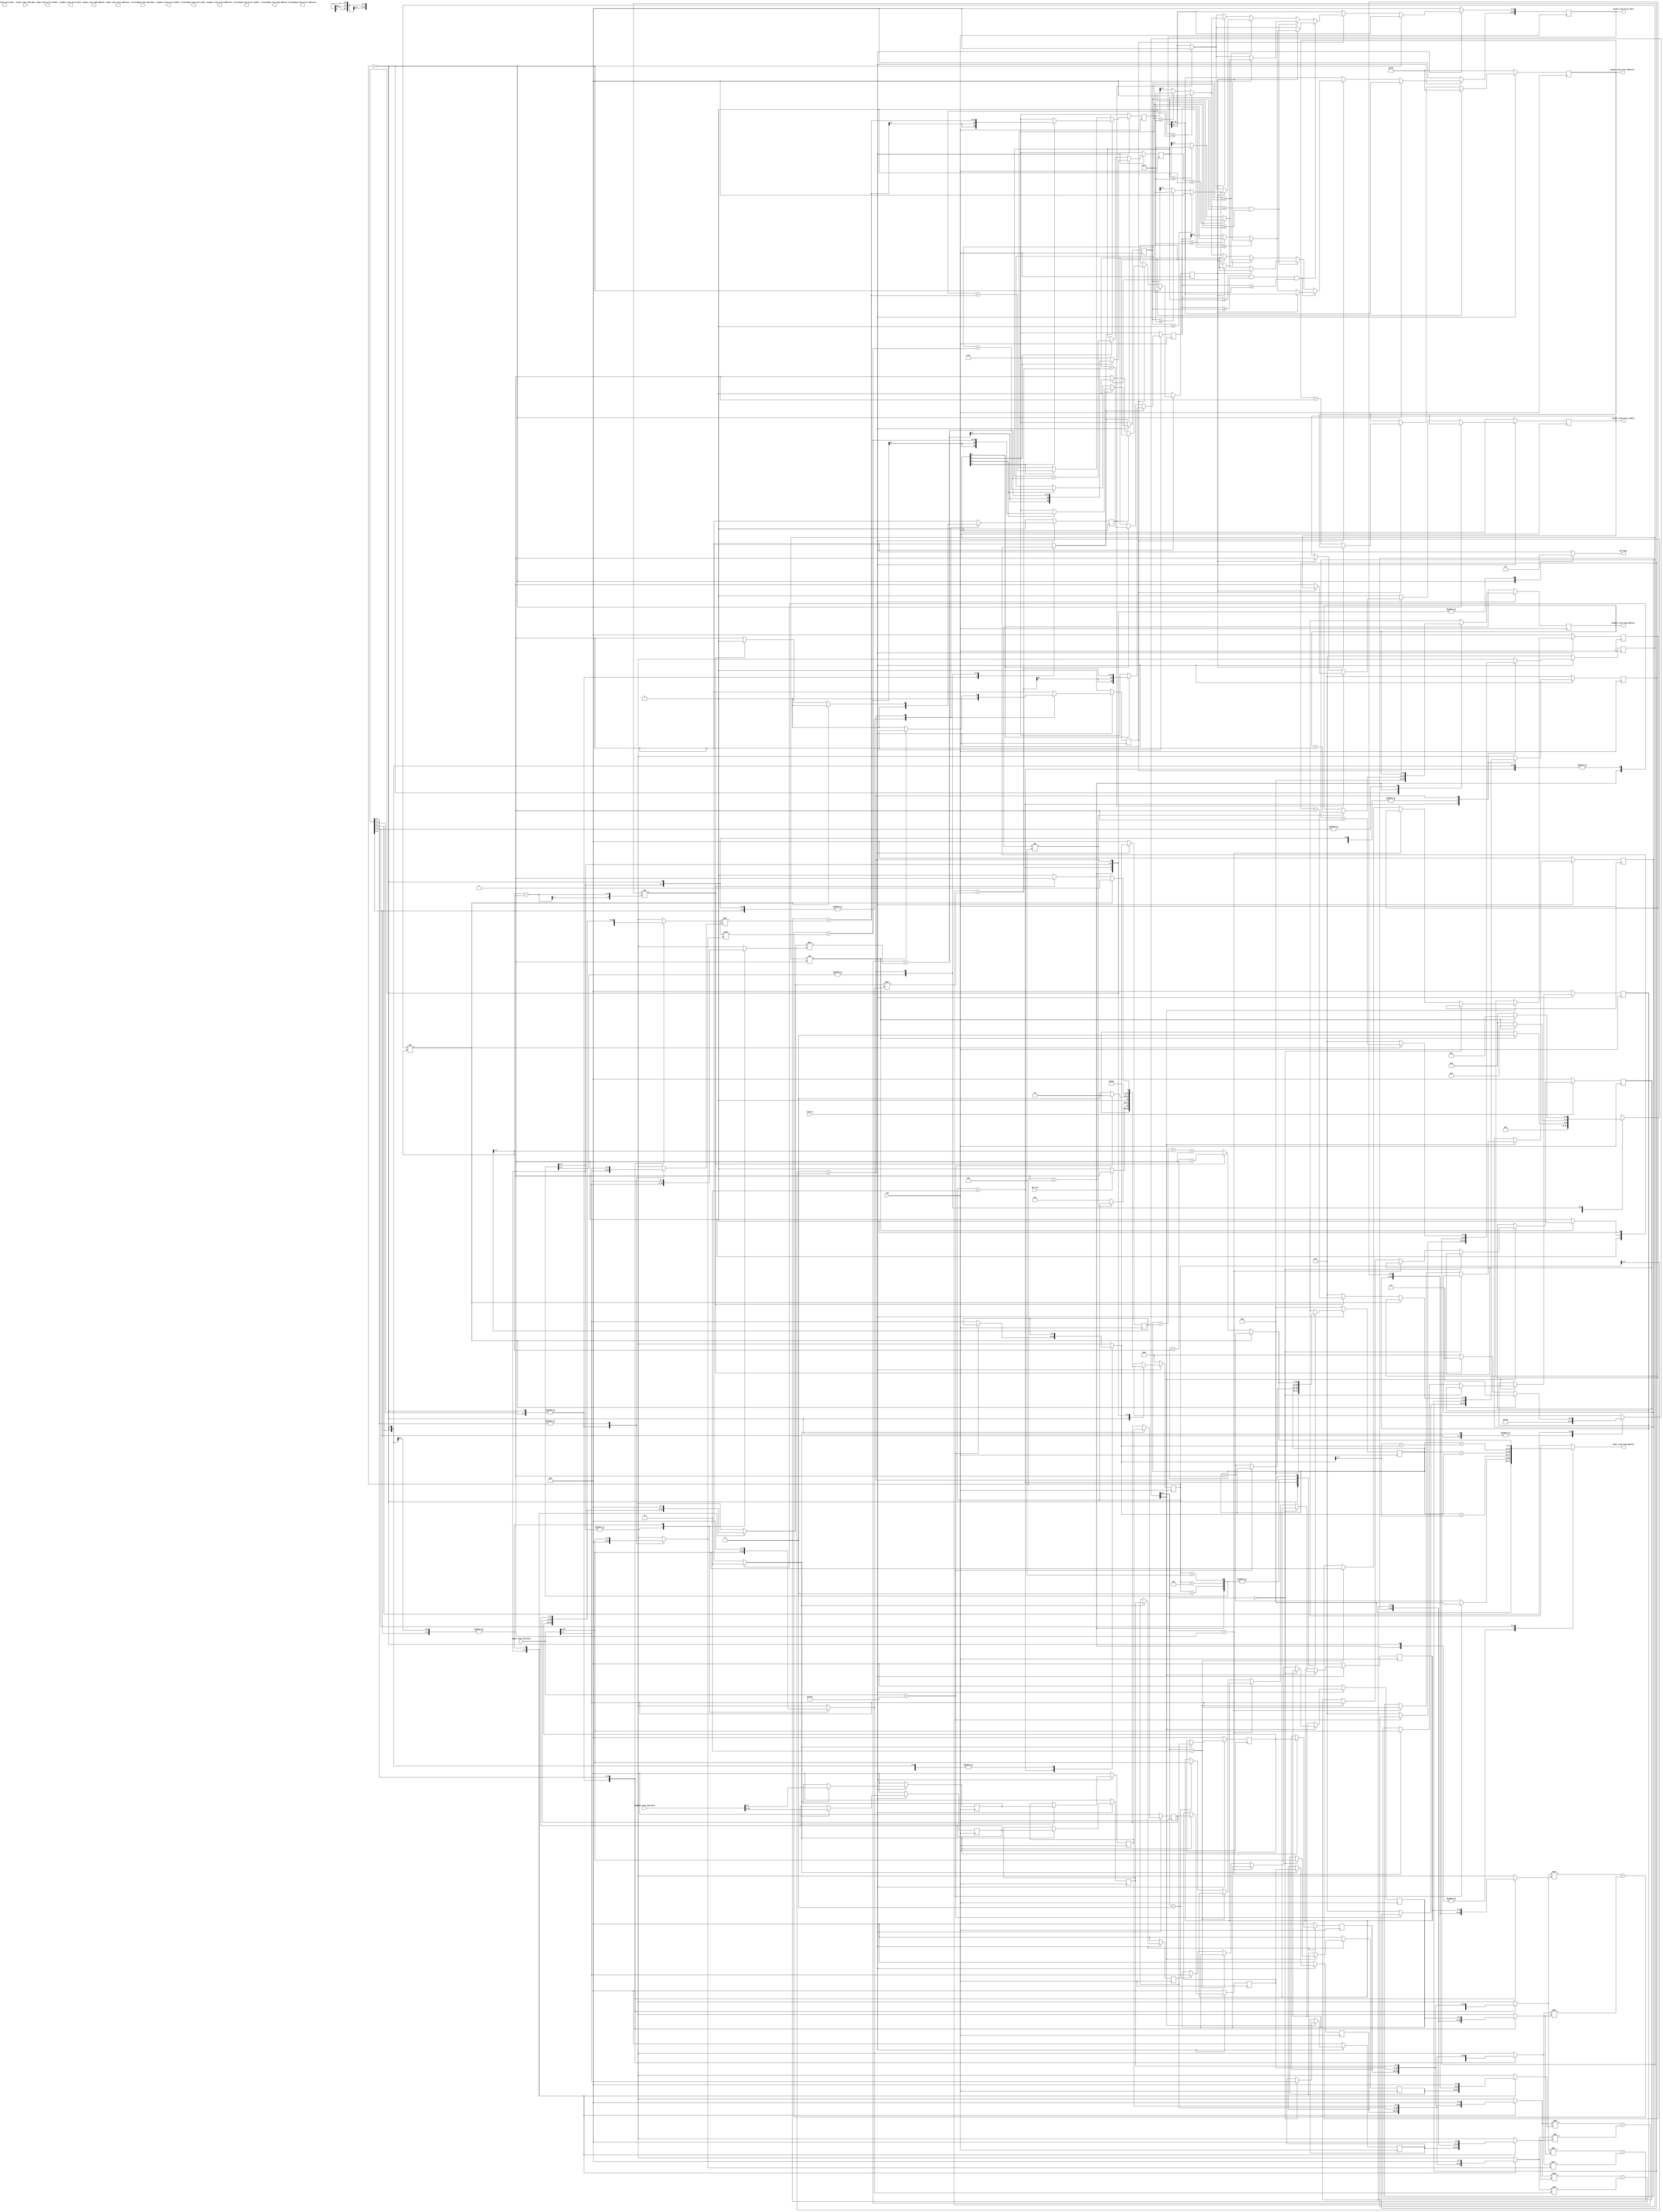
module MyDesign (
//---------------------------------------------------------------------------
//Control signals
  input   wire dut_run                    ,
  output  reg dut_busy                   ,
  input   wire reset_b                    ,
  input   wire clk                        ,

//---------------------------------------------------------------------------
//Input SRAM interface
  output reg        input_sram_write_enable    ,
  output reg [11:0] input_sram_write_addresss  ,
  output reg [15:0] input_sram_write_data      ,
  output reg [11:0] input_sram_read_address    ,
  input wire [15:0] input_sram_read_data       ,

//---------------------------------------------------------------------------
//Output SRAM interface
  output reg        output_sram_write_enable    ,
  output reg [11:0] output_sram_write_addresss   ,
  output reg [15:0] output_sram_write_data      ,
  output reg [11:0] output_sram_read_address    ,
  input wire [15:0] output_sram_read_data       ,

//---------------------------------------------------------------------------
//Scratchpad SRAM interface
  output reg        scratchpad_sram_write_enable    ,
  output reg [11:0] scratchpad_sram_write_addresss   ,
  output reg [15:0] scratchpad_sram_write_data      ,
  output reg [11:0] scratchpad_sram_read_address    ,
  input wire [15:0] scratchpad_sram_read_data       ,

//---------------------------------------------------------------------------
//Weights SRAM interface
  output reg        weights_sram_write_enable    ,
  output reg [11:0] weights_sram_write_addresss   ,
  output reg [15:0] weights_sram_write_data      ,
  output reg [11:0] weights_sram_read_address    ,
  input wire [15:0] weights_sram_read_data

);

//For General Operation~~~~~~~~~~~~~~~~~~~~~~~~~~
// parameter [2:0] //synopsys enum states
//   S0 = 3'b000, //Idle
//   S1 = 3'b001, //Init
//   S2 = 3'b010, // Conv&pooling
//   S4 = 3'b11, //Fully Conn
//   S5 = 3'b100; //Fin (necessary?)
// reg [2:0] current_state, next_state;


// For Convolution~~~~~~~~~~~~~~~~~~~~~~~~~~~~~~~


reg [7:0] N, NFF, row_accum, row_accum_next, col_accum, col_accum_next;
reg [11:0] target_origin, target_origin_next, weights_sram_read_address_next;
reg [2:0] state, next_state;
reg signed [7:0] input_00,input_10,input_20,input_30,input_01,input_11,input_21,input_31,input_in_00,input_in_10,input_in_20,input_in_30,input_in_01,input_in_11,input_in_21,input_in_31; //saves 2x4 matrix of inputs as they will be reused shortly
reg signed [19:0] conv_acc00 ,conv_acc01 ,conv_acc10 ,conv_acc11;
wire signed [19:0] conv_acc_in00 ,conv_acc_in01 ,conv_acc_in10 ,conv_acc_in11;
reg signed [7:0] k00,k01,k02,k10,k11,k12,k20,k21,k22,k30;//kernal
reg H_L_pool; //flag to show whether pool should be written to high or low order bits of scratch SRAM
wire signed [15:0] mulout0, mulout1, mulout2, mulout3, mulout4, mulout5, mulout6, mulout7, mulout8, mulout9, mulout10, mulout11;// 12 multipliers used
reg signed [7:0] mulin00, mulin01, mulin10, mulin11, mulin20, mulin21, mulin30, mulin31, mulin40, mulin41, mulin50, mulin51, mulin60, mulin61, mulin70, mulin71, mulin80, mulin81, mulin90, mulin91, mulin100, mulin101, mulin110, mulin111;
reg [3:0] convolution_active; //activates convolutions on high;
reg convolution_reset;
reg pool, write_N, pool_next, end_image, end_image_next;
reg get_k;
reg [1:0] test;
reg [2:0] active_row;
wire [1:0] target_incr;
wire signed [7:0] high_order_input,low_order_input;



















assign high_order_input = input_sram_read_data[15:8];
assign low_order_input = input_sram_read_data[7:0];

//12 multipliers for lots of speed (very big but very fast)
assign mulout0 = mulin00 * mulin01;
assign mulout1 = mulin10 * mulin11;
assign mulout2 = mulin20 * mulin21;
assign mulout3 = mulin30 * mulin31;
assign mulout4 = mulin40 * mulin41;
assign mulout5 = mulin50 * mulin51;
assign mulout6 = mulin60 * mulin61;
assign mulout7 = mulin70 * mulin71;
assign mulout8 = mulin80 * mulin81;
assign mulout9 = mulin90 * mulin91;
assign mulout10 = mulin100 * mulin101;
assign mulout11 = mulin110 * mulin111;
assign conv_acc_in00 = mulout0 + mulout1 + mulout2;
assign conv_acc_in01 = mulout3 + mulout4 + mulout5;
assign conv_acc_in10 = mulout6 + mulout7 + mulout8;
assign conv_acc_in11 = mulout9 + mulout10 + mulout11;


always @(posedge clk) begin //state
  if(reset_b) begin
    state <= next_state;
  end
  else begin
    state <= 3'b000;
  end
end

always @(posedge clk) begin
  if(reset_b) begin
    if (active_row[2]) begin
      if (active_row[1:0] == 2'b00) begin
        input_00 <= high_order_input;
        input_01 <= low_order_input;
      end
      else if (active_row[1:0] == 2'b01) begin
        input_10 <= high_order_input;
        input_11 <= low_order_input;
      end
      else if (active_row[1:0] == 2'b10) begin
        input_20 <= high_order_input;
        input_21 <= low_order_input;
      end
      else if (active_row[1:0] == 2'b11) begin
        input_30 <= high_order_input;
        input_31 <= low_order_input;
      end
    end
  end
  else begin
    input_00 <= 8'b0000_0000;
    input_01 <= 8'b0000_0000;
    input_10 <= 8'b0000_0000;
    input_11 <= 8'b0000_0000;
    input_20 <= 8'b0000_0000;
    input_21 <= 8'b0000_0000;
    input_30 <= 8'b0000_0000;
    input_31 <= 8'b0000_0000;
  end
end

always @(posedge clk) begin //get k's
  if(reset_b) begin
    weights_sram_read_address <= weights_sram_read_address_next;
    NFF <= N;
    if(get_k) begin//Get Ks
      k00 <= k02;
      k01 <= k10;
      k02 <= k11;
      k10 <= k12;
      k11 <= k20;
      k12 <= k21;
      k20 <= k22;
      k21 <= k30;
      k22 <= weights_sram_read_data[15:8];
      k30 <= weights_sram_read_data[7:0];
    end
  end
  else begin
    k00 <= 8'b0000_0000;
    k01 <= 8'b0000_0000;
    k02 <= 8'b0000_0000;
    k10 <= 8'b0000_0000;
    k11 <= 8'b0000_0000;
    k12 <= 8'b0000_0000;
    k20 <= 8'b0000_0000;
    k21 <= 8'b0000_0000;
    k22 <= 8'b0000_0000;
    k30 <= 8'b0000_0000;
    NFF <= 8'b0000_0000;
  end
end

always @(posedge clk) begin//convolution calculator
  if(reset_b) begin
    target_origin <= target_origin_next;
    col_accum <= col_accum_next;
    row_accum <= row_accum_next;
    if (!convolution_reset) begin
      conv_acc00 <= convolution_active[0] ? (conv_acc00 + conv_acc_in00) : conv_acc00;
      conv_acc01 <= convolution_active[1] ? (conv_acc01 + conv_acc_in01) : conv_acc01;
      conv_acc10 <= convolution_active[2] ? (conv_acc10 + conv_acc_in10) : conv_acc10;
      conv_acc11 <= convolution_active[3] ? (conv_acc11 + conv_acc_in11) : conv_acc11;
    end
    else begin //get ready for next convolution
      conv_acc00 <= convolution_active[0] ? (conv_acc_in00) : 20'b0000_0000_0000_0000_0000;
      conv_acc01 <= convolution_active[1] ? (conv_acc_in01) : 20'b0000_0000_0000_0000_0000;
      conv_acc10 <= convolution_active[2] ? (conv_acc_in10) : 20'b0000_0000_0000_0000_0000;
      conv_acc11 <= convolution_active[3] ? (conv_acc_in11) : 20'b0000_0000_0000_0000_0000;
    end
  end
  else begin
    target_origin <= 12'b0000_0000_0000;
    col_accum <= 8'b0000_0001;
    row_accum <= 8'b0000_0001;
    conv_acc00 <= 20'b0000_0000_0000_0000_0000;
    conv_acc01 <= 20'b0000_0000_0000_0000_0000;
    conv_acc10 <= 20'b0000_0000_0000_0000_0000;
    conv_acc11 <= 20'b0000_0000_0000_0000_0000;
  end
end



always @(posedge clk) begin//pooling
  if(reset_b) begin
    pool <= pool_next;
    end_image <= end_image_next;

    if (state == 3'b000) output_sram_write_addresss <= 12'b1111_1111_1111;
    else if (pool) begin //pooling calculator~~~~~~~~~~~~~~~~~~~~~~~~~~~~~~~~~~~~~~~~~~~~~~~~~~~~~~~~~~~~~~~~~~~~~~~~~~~~~~~~~~~~~~~~~~~~~~~
      if (end_image) begin
        if (!H_L_pool) begin //waiting for another pool to write to memory
        output_sram_write_addresss <= output_sram_write_addresss + 12'b0000_0000_0001;
          output_sram_write_data[7:0] <= 8'b0000_0000;
          output_sram_write_enable <= 1;
        end
      end
      else if (!H_L_pool) begin
        output_sram_write_addresss <= output_sram_write_addresss + 12'b0000_0000_0001;
        H_L_pool <= 1;
      end
      else begin
        H_L_pool <= 0;
        output_sram_write_enable <= 1;
      end
      if ((conv_acc00 >= conv_acc01) & (conv_acc00 >= conv_acc10) & (conv_acc00 >= conv_acc11)) begin
        test <= 2'b00;
        if(!H_L_pool) begin
          if(conv_acc00 <= 0) output_sram_write_data[15:8] <= 8'b0000_0000;
          else if(conv_acc00 >= 127) output_sram_write_data[15:8] <= 8'b0111_1111;
          else output_sram_write_data[15:8] <= conv_acc00[7:0];
        end
        else begin
          if(conv_acc00 <= 0) output_sram_write_data[7:0] <= 8'b0000_0000;
          else if(conv_acc00 >= 127) output_sram_write_data[7:0] <= 8'b0111_1111;
          else output_sram_write_data[7:0] <= conv_acc00[7:0];
        end
      end
      else if ((conv_acc01 >= conv_acc10) & (conv_acc01 >= conv_acc11)) begin
        test <= 2'b01;
        if(!H_L_pool) begin
          if(conv_acc01 <= 0) output_sram_write_data[15:8] <= 8'b0000_0000;
          else if(conv_acc01 >= 127) output_sram_write_data[15:8] <= 8'b0111_1111;
          else output_sram_write_data[15:8] <= conv_acc01[7:0];
        end
        else begin
          if(conv_acc01 <= 0) output_sram_write_data[7:0] <= 8'b0000_0000;
          else if(conv_acc01 >= 127) output_sram_write_data[7:0] <= 8'b0111_1111;
          else output_sram_write_data[7:0] <= conv_acc01[7:0];
        end
      end
      else if (conv_acc10 >= conv_acc11) begin
        test <= 2'b10;
        if(!H_L_pool) begin
          if(conv_acc10 <= 0) output_sram_write_data[15:8] <= 8'b0000_0000;
          else if(conv_acc10 >= 127) output_sram_write_data[15:8] <= 8'b0111_1111;
          else output_sram_write_data[15:8] <= conv_acc10[7:0];
        end
        else begin
          if(conv_acc10 <= 0) output_sram_write_data[7:0] <= 8'b0000_0000;
          else if(conv_acc10 >= 127) output_sram_write_data[7:0] <= 8'b0111_1111;
          else output_sram_write_data[7:0] <= conv_acc10[7:0];
        end
      end
      else begin
        test <= 2'b11;
        if(!H_L_pool) begin
          if(conv_acc11 <= 0) output_sram_write_data[15:8] <= 8'b0000_0000;
          else if(conv_acc11 >= 127) output_sram_write_data[15:8] <= 8'b0111_1111;
          else output_sram_write_data[15:8] <= conv_acc11[7:0];
        end
        else begin
          if(conv_acc11 <= 0) output_sram_write_data[7:0] <= 8'b0000_0000;
          else if(conv_acc11 >= 127) output_sram_write_data[7:0] <= 8'b0111_1111;
          else output_sram_write_data[7:0] <= conv_acc11[7:0];
        end
      end
    end
    else output_sram_write_enable <= 0;
    //This section is for use by fully connected layer [[NOT IMPLEMENTED]]~~~~~~~~~~~~~~~~~~~~~~~~~~~~~~~~~~~
    // else if (write_N) begin//write N (only use if fully connected layer is next)
    //   output_sram_write_enable <= 1;
    //   output_sram_write_data <= ((N - 2) >> 2);
    //   output_sram_read_address <= output_sram_read_address + 12'b0000_0000_0001;
    // end
    // else output_sram_write_enable <= 0;
  end
  else begin
    output_sram_write_enable <= 0;
    output_sram_write_data <= 16'b0000_0000_0000_0000;
    output_sram_write_addresss <= 12'b1111_1111_1111;
    H_L_pool <= 0;
    pool <= 0;
    end_image <= 0;
  end
end



always @(*) begin
  mulin00 = 8'b0000_0000;
  mulin01 = 8'b0000_0000;

  mulin10 = 8'b0000_0000;
  mulin11 = 8'b0000_0000;

  mulin20 = 8'b0000_0000;
  mulin21 = 8'b0000_0000;


  mulin30 = 8'b0000_0000;
  mulin31 = 8'b0000_0000;

  mulin40 = 8'b0000_0000;
  mulin41 = 8'b0000_0000;

  mulin50 = 8'b0000_0000;
  mulin51 = 8'b0000_0000;


  mulin60 = 8'b0000_0000;
  mulin61 = 8'b0000_0000;

  mulin70 = 8'b0000_0000;
  mulin71 = 8'b0000_0000;

  mulin80 = 8'b0000_0000;
  mulin81 = 8'b0000_0000;


  mulin90 = 8'b0000_0000;
  mulin91 = 8'b0000_0000;

  mulin100 = 8'b0000_0000;
  mulin101 = 8'b0000_0000;

  mulin110 = 8'b0000_0000;
  mulin111 = 8'b0000_0000;
  casex (state)
    3'b000 : begin
      dut_busy = 0;
      target_origin_next = 12'b0000_0000_0000;
      input_sram_read_address = 12'b0000_0000_0000;
      convolution_reset = 1'b1;
      convolution_active = 4'b0000;
      pool_next = 0;
      write_N = 0;
      get_k = 0;
      end_image_next = 0;
      weights_sram_read_address_next = 12'b0000_0000_0000;
      active_row = 3'b000;
      N = NFF;
      row_accum_next = row_accum;
      col_accum_next = col_accum;
      if (dut_run) next_state = 3'b001;
      else next_state = 3'b000;
    end
    3'b001 : begin// Get K
      dut_busy = 1;
      get_k = 1;
      convolution_reset = 1'b1;
      convolution_active = 4'b0000;
      pool_next = 0;
      write_N = 0;
      end_image_next = 0;
      active_row = 3'b000;
      target_origin_next = target_origin;
      row_accum_next = row_accum;
      col_accum_next = col_accum;
      input_sram_read_address = 12'b0000_0000_0000;
      N = NFF;

      if (weights_sram_read_address != 12'b0000_0000_0101) begin//make sure this is right
        weights_sram_read_address_next = weights_sram_read_address + 12'b0000_0000_0001;
        next_state = state;
      end
      else begin
        next_state = 3'b010;
        weights_sram_read_address_next = weights_sram_read_address;
      end
    end
    3'b010 : begin //Get N
      dut_busy = 1;
      get_k = 0;
      end_image_next = 0;
      pool_next = 0;
      write_N = 0;
      target_origin_next = target_origin;
      weights_sram_read_address_next = weights_sram_read_address;
      active_row = 3'b000;
      if (input_sram_read_data == 16'b1111_1111_1111_1111) begin//End of file
        input_sram_read_address = 12'b0000_0000_0000;
        next_state = 3'b000;
        row_accum_next = row_accum;
        col_accum_next = col_accum;
        convolution_reset = 1'b1;
        convolution_active = 4'b0000;
        N = NFF;
      end
      else begin
        N = input_sram_read_data[7:0]; //get N
        next_state = 3'b011;
        target_origin_next = target_origin + 12'b0000_0000_0001; //Move origin
        input_sram_read_address = target_origin + 12'b0000_0000_0001; //request row0
        convolution_active = 4'b0000;
        convolution_reset = 1'b1;
        // write_N = 1'b1;
        row_accum_next = 8'b0000_0001;
        col_accum_next = 8'b0000_0001;
      end
    end
    3'b011 : begin //reading row0
      dut_busy = 1;
      target_origin_next = target_origin;
      input_sram_read_address = target_origin + {4'b0000,(N>>1)}; //request row1
      active_row = 3'b100;
      write_N = 0;
      next_state = 3'b100;
      pool_next = 1'b0;
      get_k = 0;
      N = NFF;
      end_image_next = 0;
      row_accum_next = row_accum;
      col_accum_next = col_accum;
      weights_sram_read_address_next = weights_sram_read_address;
      mulin00 = k00;
      mulin01 = input_00;

      mulin10 = k01;
      mulin11 = input_01;

      mulin20 = k02;
      mulin21 = high_order_input;


      mulin30 = k00;
      mulin31 = input_01;

      mulin40 = k01;
      mulin41 = high_order_input;

      mulin50 = k02;
      mulin51 = low_order_input;

      if(col_accum != 8'b0000_0001) begin //left matrix is populated, can start to calculate convolution.

        convolution_active = 4'b0011;//0 and 1 are active
        convolution_reset = 1'b1;//starting fresh
      end
      else begin
        convolution_reset = 1'b1;
        convolution_active = 4'b0000;//inactive convolution for now
      end
    end
    3'b100 : begin //reading row1
      dut_busy = 1;
      target_origin_next = target_origin;
      input_sram_read_address = target_origin + {4'b000,(N)}; //request row2
      active_row = 3'b101;
      next_state = 3'b101;
      pool_next = 1'b0;
      write_N = 0;
      get_k = 0;
      end_image_next = 0;
      row_accum_next = row_accum;
      col_accum_next = col_accum;
      weights_sram_read_address_next = weights_sram_read_address;
      N = NFF;
      mulin00 = k10;
      mulin01 = input_10;

      mulin10 = k11;
      mulin11 = input_11;

      mulin20 = k12;
      mulin21 = high_order_input;


      mulin30 = k10;
      mulin31 = input_11;

      mulin40 = k11;
      mulin41 = high_order_input;

      mulin50 = k12;
      mulin51 = low_order_input;


      mulin60 = k00;
      mulin61 = input_10;

      mulin70 = k01;
      mulin71 = input_11;

      mulin80 = k02;
      mulin81 = high_order_input;


      mulin90 = k00;
      mulin91 = input_11;

      mulin100 = k01;
      mulin101 = high_order_input;

      mulin110 = k02;
      mulin111 = low_order_input;
      if(col_accum != 8'b0000_0001) begin

        convolution_active = 4'b1111;//all are active
        convolution_reset = 1'b0;
      end
      else begin
        convolution_active = 4'b0000;//inactive convolution for now
        convolution_reset = 1'b1;
      end
    end
    3'b101 : begin //reading row2
      dut_busy = 1;
      target_origin_next = target_origin;
      input_sram_read_address = target_origin + {4'b0000,(N>>1) + N}; //request row3
      active_row = 3'b110;
      next_state = 3'b110;
      pool_next = 1'b0;
      write_N = 0;
      get_k = 0;
      end_image_next = 0;
      weights_sram_read_address_next = weights_sram_read_address;
      row_accum_next = row_accum;
      col_accum_next = col_accum;
      N = NFF;

      mulin00 = k20;
      mulin01 = input_20;

      mulin10 = k21;
      mulin11 = input_21;

      mulin20 = k22;
      mulin21 = high_order_input;


      mulin30 = k20;
      mulin31 = input_21;

      mulin40 = k21;
      mulin41 = high_order_input;

      mulin50 = k22;
      mulin51 = low_order_input;


      mulin60 = k10;
      mulin61 = input_20;

      mulin70 = k11;
      mulin71 = input_21;

      mulin80 = k12;
      mulin81 = high_order_input;


      mulin90 = k10;
      mulin91 = input_21;

      mulin100 = k11;
      mulin101 = high_order_input;

      mulin110 = k12;
      mulin111 = low_order_input;

      if(col_accum != 8'b0000_0001) begin

        convolution_active = 4'b1111;//all are active
        convolution_reset = 1'b0;
      end
      else begin
        convolution_active = 4'b0000;//inactive convolution for now
        convolution_reset = 1'b1;
      end
    end
    3'b11x : begin //reading row3
      //Figure out request row0 of next column
      dut_busy = 1;
      write_N = 0;
      get_k = 0;
      weights_sram_read_address_next = weights_sram_read_address;
      N = NFF;


      mulin60 = k20;
      mulin61 = input_30;

      mulin70 = k21;
      mulin71 = input_31;

      mulin80 = k22;
      mulin81 = high_order_input;


      mulin90 = k20;
      mulin91 = input_31;

      mulin100 = k21;
      mulin101 = high_order_input;

      mulin110 = k22;
      mulin111 = low_order_input;
      if (col_accum != (N>>1)) begin //not at end of first row yet
        target_origin_next = target_origin + 12'b0000_0000_0001;
        input_sram_read_address = target_origin + 12'b0000_0000_0001;
        col_accum_next = col_accum + 8'b0000_0001;
        row_accum_next = row_accum;
        next_state = 3'b011;
        active_row = 3'b111;
        end_image_next = 0;
      end
      else if(row_accum != ({1'b0,(N>>1)} - 8'b0000_0001)) begin // End of row, move to next row of convs
        target_origin_next = target_origin + (N>>1) + 12'b0000_0000_0001;//start of next row
        input_sram_read_address = target_origin + (N>>1) + 12'b0000_0000_0001;
        row_accum_next = row_accum + 8'b0000_0001;
        next_state = 3'b011;
        active_row = 3'b111;
        col_accum_next = 8'b0000_0001;
        end_image_next = 0;
      end
      else begin //End of this image, go to next one starting at N
        row_accum_next = 8'b0000_0001;
        col_accum_next = 8'b0000_0001;
        next_state = 3'b010; //Get next N
        active_row = 3'b000;
        target_origin_next = target_origin + (N) + (N>>1) + 12'b0000_0000_0001;//start of next image
        input_sram_read_address = target_origin + (N) + (N>>1) + 12'b0000_0000_0001;
        end_image_next = 1;
      end
      if(col_accum != 8'b0000_0001) begin //if not first col, we can start calculating convolutions

        convolution_active = 4'b1100;//3 and 2 are active
        convolution_reset = 1'b0;
        pool_next = 1;//begin pooling, all pixels hav been searched
      end
      else begin
        convolution_reset = 1'b0;
        convolution_active = 4'b0000;
        pool_next = 0;
      end
    end
  endcase
end








endmodule